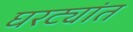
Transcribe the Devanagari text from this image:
घरट्यांत